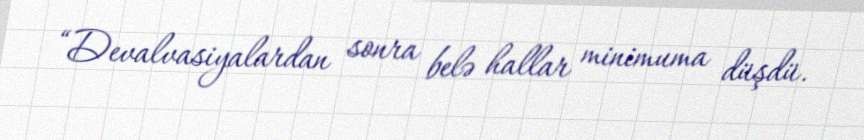
“Devalvasiyalardan sonra belə hallar minimuma düşdü.